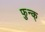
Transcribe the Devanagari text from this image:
फुन्क्